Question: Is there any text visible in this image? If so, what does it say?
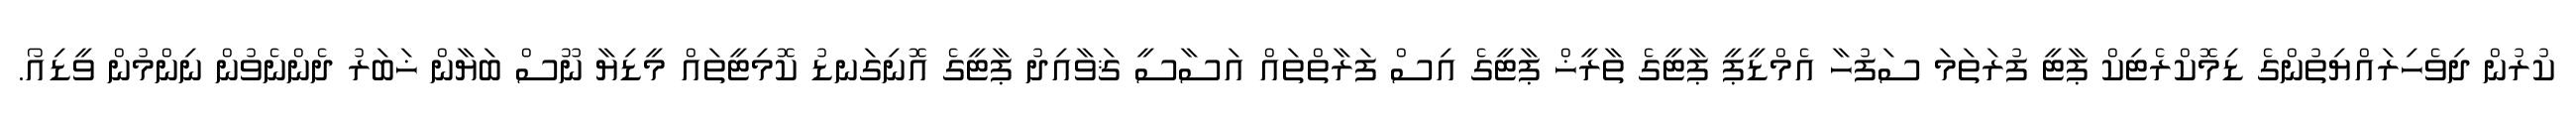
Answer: ކުރުން ދިވެހިރައްޔިތުންގެ ޑިމޮކްރެޓިކް ޕާޓީ ފުރަތަމަ ސަފުހާ އެމްޑީޕީ ޕާޓީގެ ތާރީޚް ޕާޓީގެ އިސް ފަރާތްތައް އަސާސީ ޤަވާއިދު ޕާޓީގެ އޮނިގަނޑު ކޮމިޓީތައް މީޑިޔާ ނޫސް ބަޔާން ޚަބަރު ދެންނެވުން ނިންމުން ވީޑިއޯ.